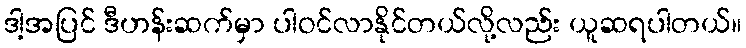
ဒါ့အပြင် ဒီဟန်းဆက်မှာ ပါဝင်လာနိုင်တယ်လို့လည်း ယူဆရပါတယ်။